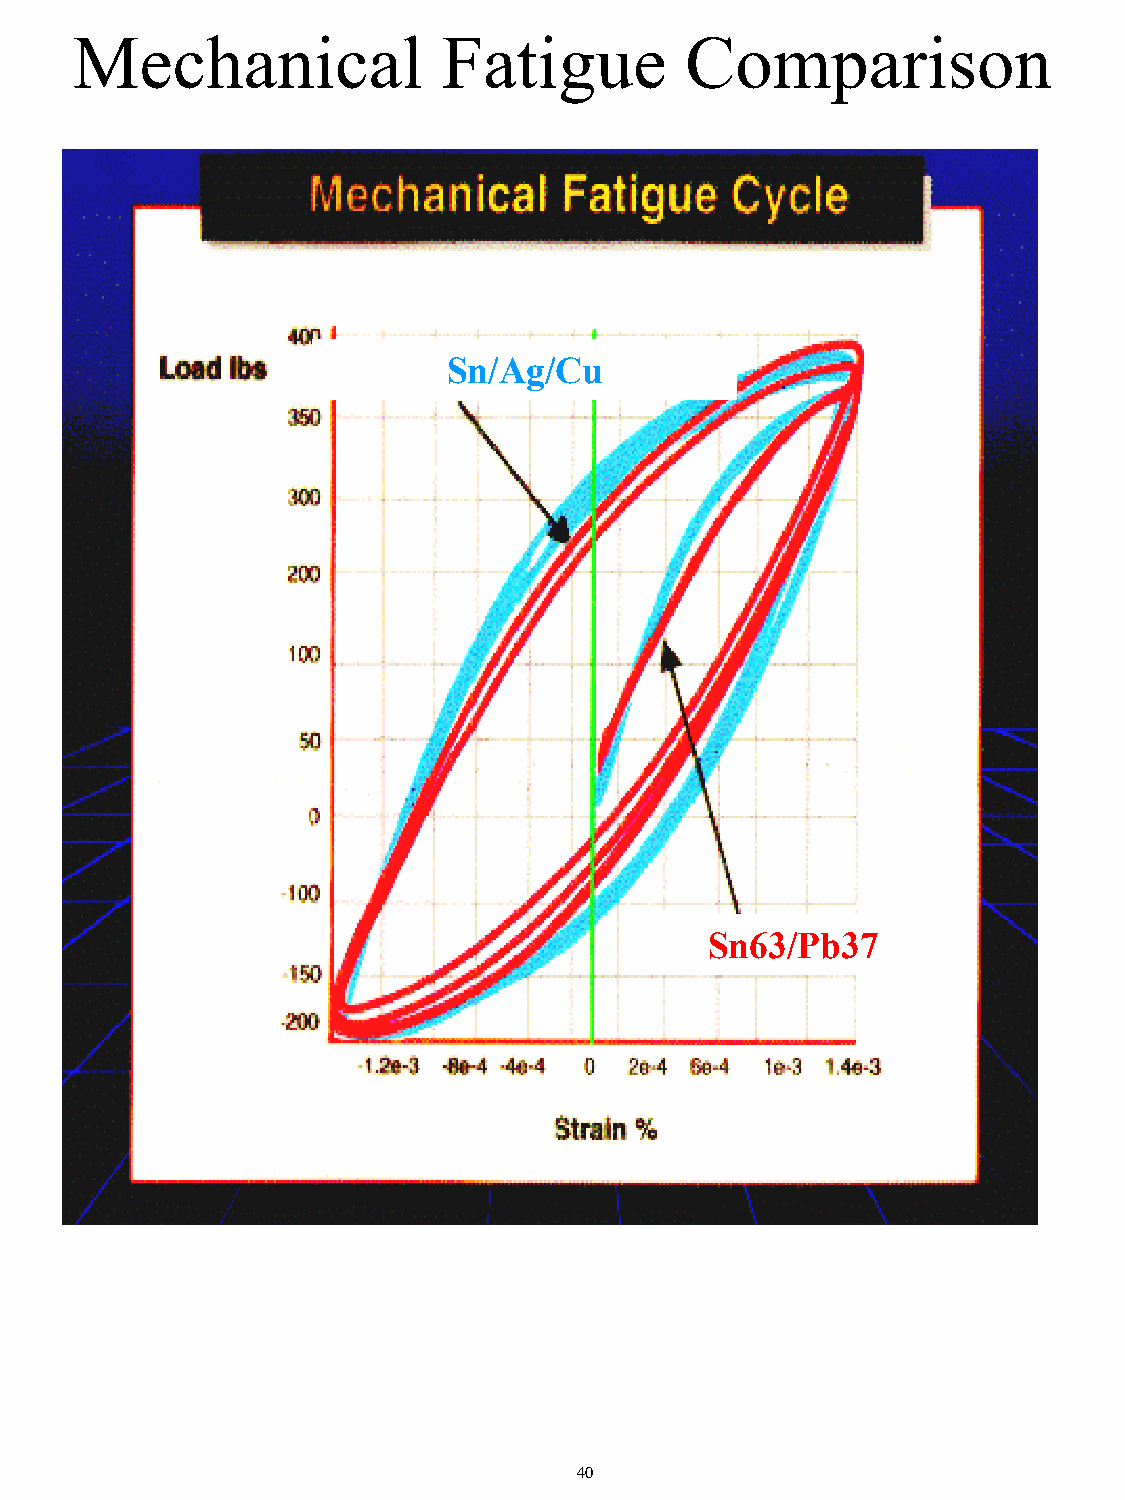
Mechanical              Fatigue         Comparison
 Sn/Ag/Cu
 Sn63/Pb37
 40